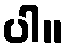
ပါ။